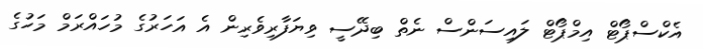
އެކްސްޕޯޓް އިމްޕޯޓް ލައިސަންސް ނެތް ބިދޭސީ ވިޔަފާރިވެރިން އެ އަހަރުގެ މުހައްރަމް މަހުގެ